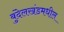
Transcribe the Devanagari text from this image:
बुंदेलखंडमधील